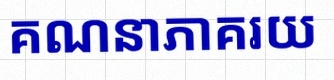
គណនាភាគរយ